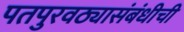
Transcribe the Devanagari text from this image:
पतपुरवठ्यासंबंधीची